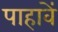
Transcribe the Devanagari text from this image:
पाहावें